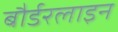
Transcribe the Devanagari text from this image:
बौर्डरलाइन